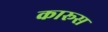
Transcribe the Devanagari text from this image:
कारूस